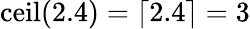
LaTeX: \operatorname{ceil}(2.4)=\lceil 2.4\rceil=3